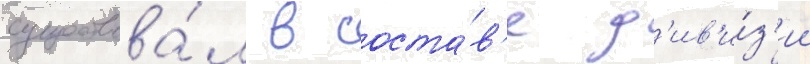
существова́л в соста́в'е д'ив'и́з'ии